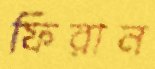
ফিরান